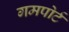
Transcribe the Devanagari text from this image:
गमपोर्ट